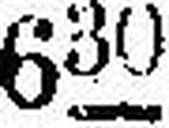
630